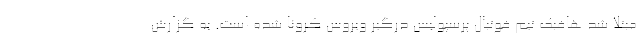
مبتلا شد هافبک تیم فوتبال پرسپولیس درگیر ویروس کرونا شده است. به گزارش